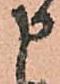
申